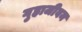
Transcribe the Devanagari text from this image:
गुहाजीवन